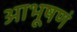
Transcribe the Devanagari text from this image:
आभूषणं